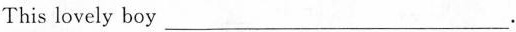
This lovely boy___.